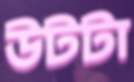
উটটা